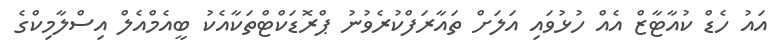
އައު ހެޑް ކުއާޓާޒް އެއް ހުޅުވައި އަލަށް ތައާރަފްކުރެވުނު ޕްރޮޑަކްޓްތަކާއެކު ބީއެމްއެލް އިސްލާމިކްގެ